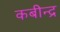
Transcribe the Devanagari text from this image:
कबीन्द्र